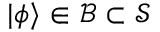
\vert \phi \rangle \in { \mathcal { B } } \subset { \mathcal { S } }